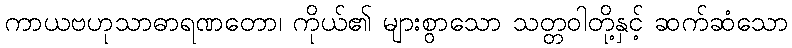
ကာယဗဟုသာဓာရဏတော၊ ကိုယ်၏ များစွာသော သတ္တဝါတို့နှင့် ဆက်ဆံသော